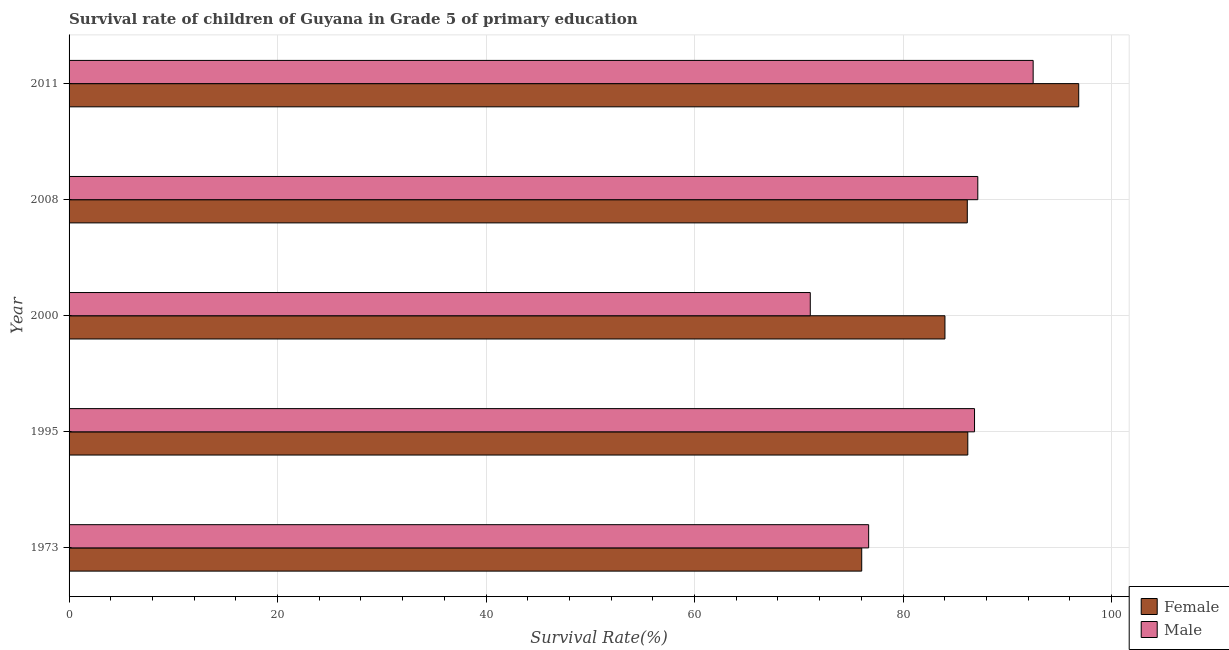
| Year | Female | Male |
 | --- | --- | --- |
 | 1973 | 76 | 76.7 |
 | 1995 | 86.2 | 86.9 |
 | 2000 | 84 | 71.1 |
 | 2008 | 86.2 | 87.2 |
 | 2011 | 96.9 | 92.5 |